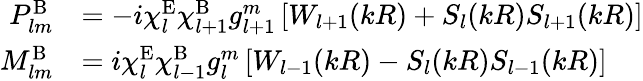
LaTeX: \begin{array}{rl}{P_{lm}^{\mathrm{B}}}&{=-i\chi_{l}^{\mathrm{E}}\chi_{l+1}^{\mathrm{B}}g_{l+1}^{m}\left[W_{l+1}(kR)+S_{l}(kR)S_{l+1}(kR)\right]}\\ {M_{lm}^{\mathrm{B}}}&{=i\chi_{l}^{\mathrm{E}}\chi_{l-1}^{\mathrm{B}}g_{l}^{m}\left[W_{l-1}(kR)-S_{l}(kR)S_{l-1}(kR)\right]}\end{array}